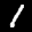
Label: 1